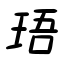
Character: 珸